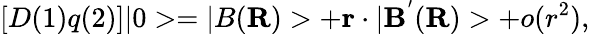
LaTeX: [D(1)q(2)]|0>=|B({\mathbf R})>+{\mathbf r}\cdot|{\mathbf B}^{'}({\mathbf R})>+o(r^{2}),